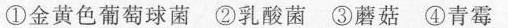
①金黄色葡萄球菌 ②乳酸菌 ③蘑菇 ④青霉